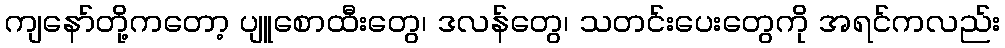
ကျနော်တို့ကတော့ ပျူစောထီးတွေ၊ ဒလန်တွေ၊ သတင်းပေးတွေကို အရင်ကလည်း